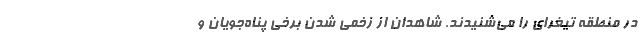
در منطقه تیغرای را می‌شنیدند. شاهدان از زخمی شدن برخی پناه‌جویان و